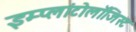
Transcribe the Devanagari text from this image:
इम्प्लांटोलॉजिस्ट